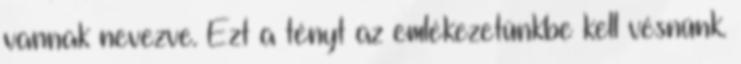
vannak nevezve. Ezt a tényt az emlékezetünkbe kell vésnünk.